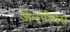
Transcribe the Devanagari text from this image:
ज़ेनापैक्स